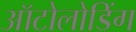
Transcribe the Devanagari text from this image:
ऑटोलोडिंग